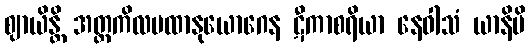
ဈာယိန္တိ အတ္တကိလမထာနုယောဂေန ဋီကာစရိယာ နေဝါသံ ယာနိပိ